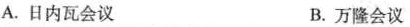
A.日内瓦会议 B.万隆会议